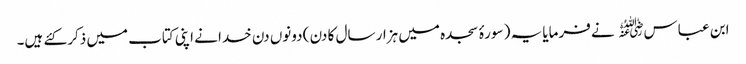
ابن عباس﷜ نے فرمایا یہ ( سورۂ سجدہ میں ہزار سال کا دن ) دونوں دن خدا نے اپنی کتاب میں ذکر کئے ہیں۔